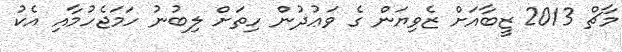
މާޗް 2013 ޒީބާއަށް ޒެވިޔަން ގެ ވަޢުދުން ހިތަށް ލިބުނު ހަމަޖެހުމާއި އެކު